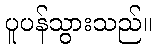
ပူပန်သွားသည်။